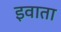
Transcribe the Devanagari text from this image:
इवाता